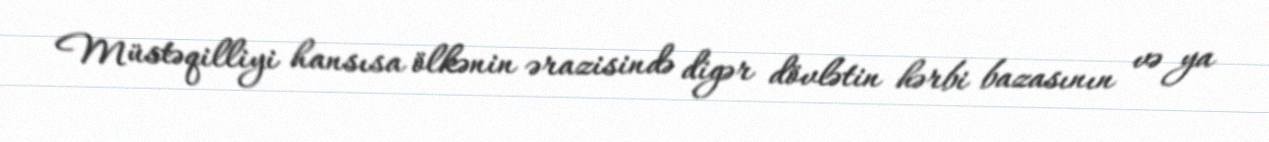
Müstəqilliyi hansısa ölkənin ərazisində digər dövlətin hərbi bazasının və ya